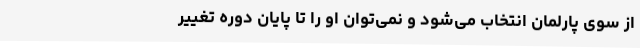
از سوی پارلمان انتخاب ‌می‌شود و نمی‌توان او را تا پایان دوره تغییر